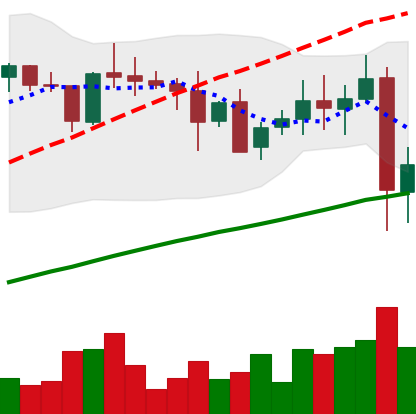
Ticker: XRP-USD
Chart end date: 2021-05-20
Forward return: -17.659%
Label: down_7plus